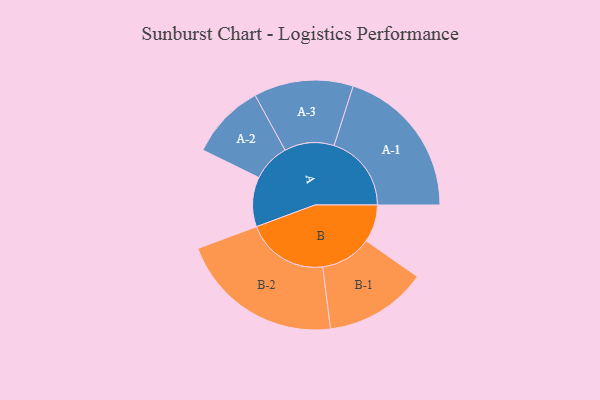
{"axis": {"x": "Segment", "y": "Value"}, "legend": ["", "A", "B"], "data": [{"x": "A", "y": 162, "type": ""}, {"x": "B", "y": 122, "type": ""}, {"x": "A-1", "y": 252, "type": "A"}, {"x": "A-2", "y": 123, "type": "A"}, {"x": "A-3", "y": 162, "type": "A"}, {"x": "B-1", "y": 167, "type": "B"}, {"x": "B-2", "y": 268, "type": "B"}]}